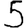
Digit: 5